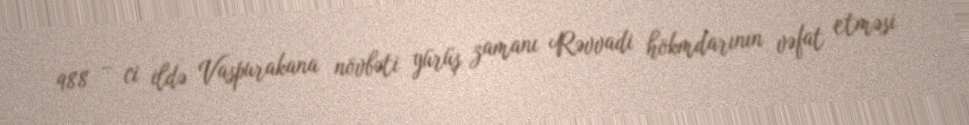
988 – ci ildə Vaspurakana növbəti yürüş zamanı Rəvvadi hökmdarının vəfat etməsi